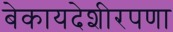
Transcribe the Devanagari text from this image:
बेकायदेशीरपणा